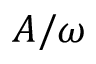
A / \omega